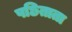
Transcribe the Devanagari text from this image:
पछिताता